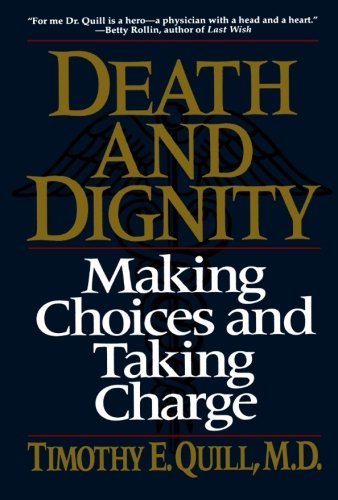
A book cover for Death and Dignity: Making Choices and Taking Charge; Timothy E. Quill; Medical Books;